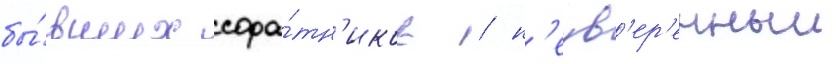
бы́вших сора́тн'иков / н'еув'ер'енныи